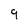
Character: 9